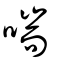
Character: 喘